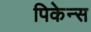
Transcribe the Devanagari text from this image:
पिकेन्स